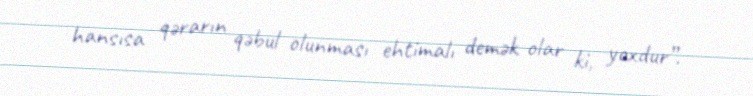
hansısa qərarın qəbul olunması ehtimalı demək olar ki, yoxdur”.